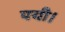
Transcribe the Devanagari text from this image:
पयी।